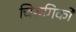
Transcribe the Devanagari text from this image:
चिरुगिको